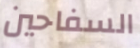
السفاحين